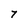
Character: 7